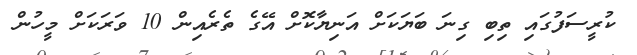
ކުރީސަފުގައި ތިބި ގިނަ ބަޔަކަށް އަނިޔާކޮށް އޭގެ ތެރެއިން 10 ވަރަކަށް މީހުން